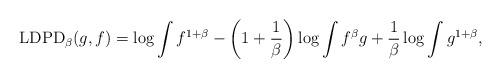
LaTeX: \begin{align*}{\rm LDPD}_\beta(g,f) = \displaystyle \log \int f^{1+\beta} - \left(1 + \frac{1}{\beta}\right) \log \int f^\beta g + \frac{1}{\beta} \log \int g^{1+\beta},\end{align*}